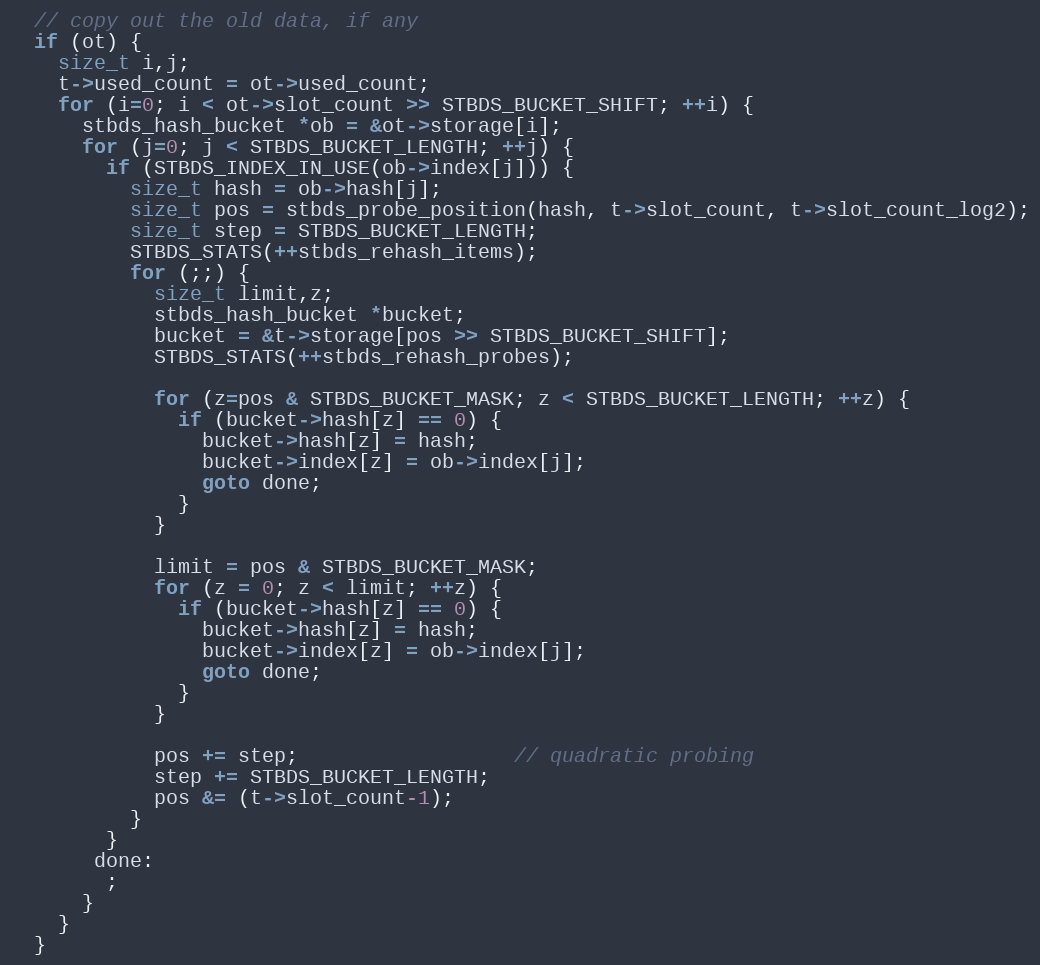
Language: C
  // copy out the old data, if any
  if (ot) {
    size_t i,j;
    t->used_count = ot->used_count;
    for (i=0; i < ot->slot_count >> STBDS_BUCKET_SHIFT; ++i) {
      stbds_hash_bucket *ob = &ot->storage[i];
      for (j=0; j < STBDS_BUCKET_LENGTH; ++j) {
        if (STBDS_INDEX_IN_USE(ob->index[j])) {
          size_t hash = ob->hash[j];
          size_t pos = stbds_probe_position(hash, t->slot_count, t->slot_count_log2);
          size_t step = STBDS_BUCKET_LENGTH;
          STBDS_STATS(++stbds_rehash_items);
          for (;;) {
            size_t limit,z;
            stbds_hash_bucket *bucket;
            bucket = &t->storage[pos >> STBDS_BUCKET_SHIFT];
            STBDS_STATS(++stbds_rehash_probes);

            for (z=pos & STBDS_BUCKET_MASK; z < STBDS_BUCKET_LENGTH; ++z) {
              if (bucket->hash[z] == 0) {
                bucket->hash[z] = hash;
                bucket->index[z] = ob->index[j];
                goto done;
              }
            }

            limit = pos & STBDS_BUCKET_MASK;
            for (z = 0; z < limit; ++z) {
              if (bucket->hash[z] == 0) {
                bucket->hash[z] = hash;
                bucket->index[z] = ob->index[j];
                goto done;
              }
            }

            pos += step;                  // quadratic probing
            step += STBDS_BUCKET_LENGTH;
            pos &= (t->slot_count-1);
          }
        }
       done:
        ;
      }
    }
  }